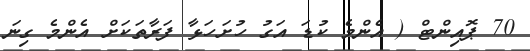
70 ޕޮއިންޓް ( އެންމެ ކުޑަ އަގު ހުށަހަޅާ ފަރާތަކަށް އެންމެ ގިނަ